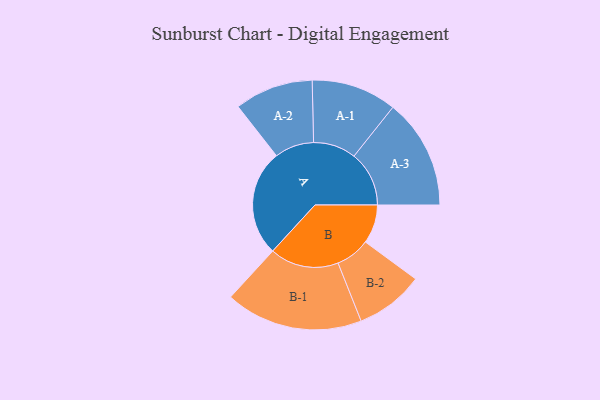
{"axis": {"x": "Segment", "y": "Value"}, "legend": ["", "A", "B"], "data": [{"x": "A", "y": 419, "type": ""}, {"x": "B", "y": 153, "type": ""}, {"x": "A-1", "y": 168, "type": "A"}, {"x": "A-2", "y": 155, "type": "A"}, {"x": "A-3", "y": 217, "type": "A"}, {"x": "B-1", "y": 271, "type": "B"}, {"x": "B-2", "y": 135, "type": "B"}]}